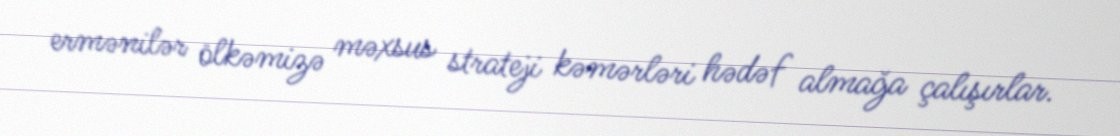
ermənilər ölkəmizə məxsus strateji kəmərləri hədəf almağa çalışırlar.